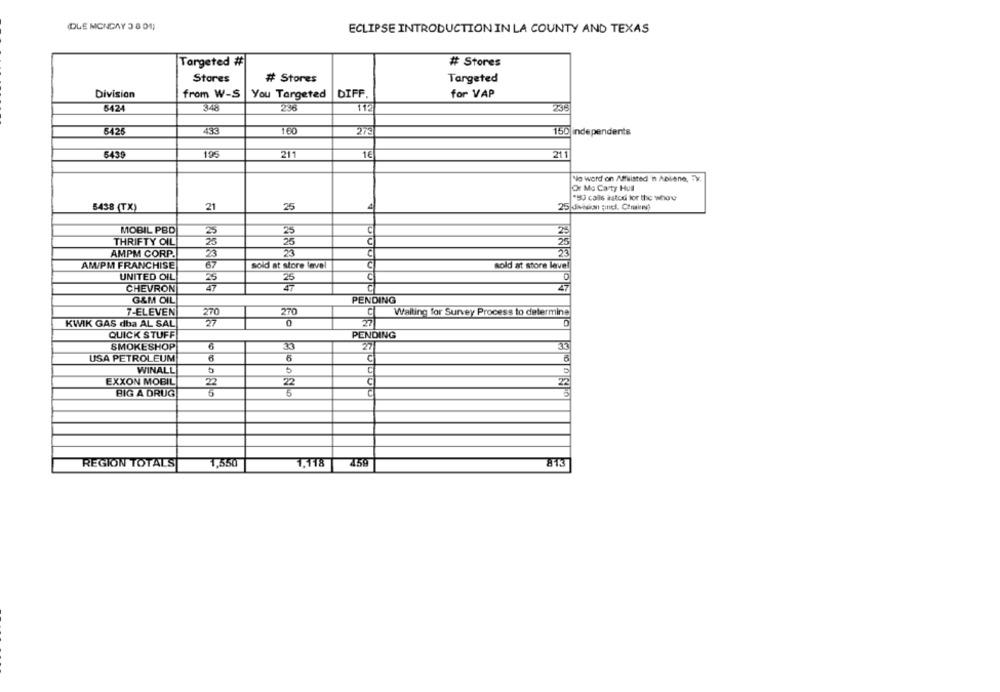
(DUE MONDAY 3 8 04)
ECLIPSE INTRODUCTION IN LA COUNTY AND TEXAS
Targeted #
# Stores
Stores
# Stores
Targeted
Division
from W-S
You Targeted
DIFF.
for VAP
5424
348
236
112
238
6426
43€
273
150 independents
5439
19
211
211
No word on Affuisted 'n Abilene, TX.
Or Mo Carty Hull
"90 calls astod for the whow
5438 (TX)
21
25
4
MOBIL PBD
25
THRIFTY OIL
26
25
AMPM CORP.
23
23
C
33
AM/PM FRANCHISE
87
sold at store level
sold at store lave!
UNITED OIL
CHEVRON
25
47
G&M OIL
PENDING
7-ELEVEN
270
Waiting for Survey Process to determine
270
C
KWIK GAS dba AL SAL
27
0
27
QUICK STUFF
PENDING
SMOKESHOP
27
33
USA PETROLEUM
6
WINALL
5
EXXON MOBIL
C
22
22
BIG A DRUG
1,550
1,118
813
REGION TOTALS